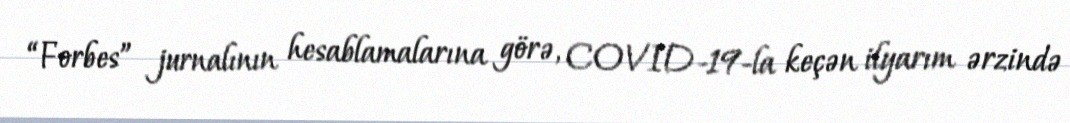
“Forbes” jurnalının hesablamalarına görə, COVID-19-la keçən ilyarım ərzində